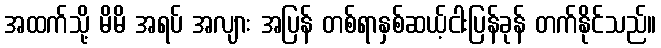
အထက်သို့ မိမိ အရပ် အလျား အပြန် တစ်ရာနှစ်ဆယ့်ငါးပြန်ခုန် တက်နိုင်သည်။